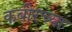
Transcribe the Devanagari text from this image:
कबीरच्या